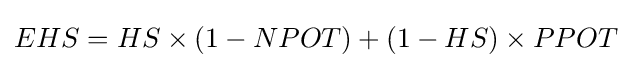
EHS=HS\times (1-NPOT)+(1-HS)\times PPOT